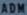
ADMIN